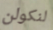
لنكولن